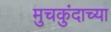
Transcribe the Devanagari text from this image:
मुचकुंदाच्या